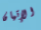
الإتيان